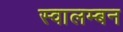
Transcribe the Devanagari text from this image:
स्वालम्बन